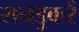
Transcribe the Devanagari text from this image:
रानडुकरें